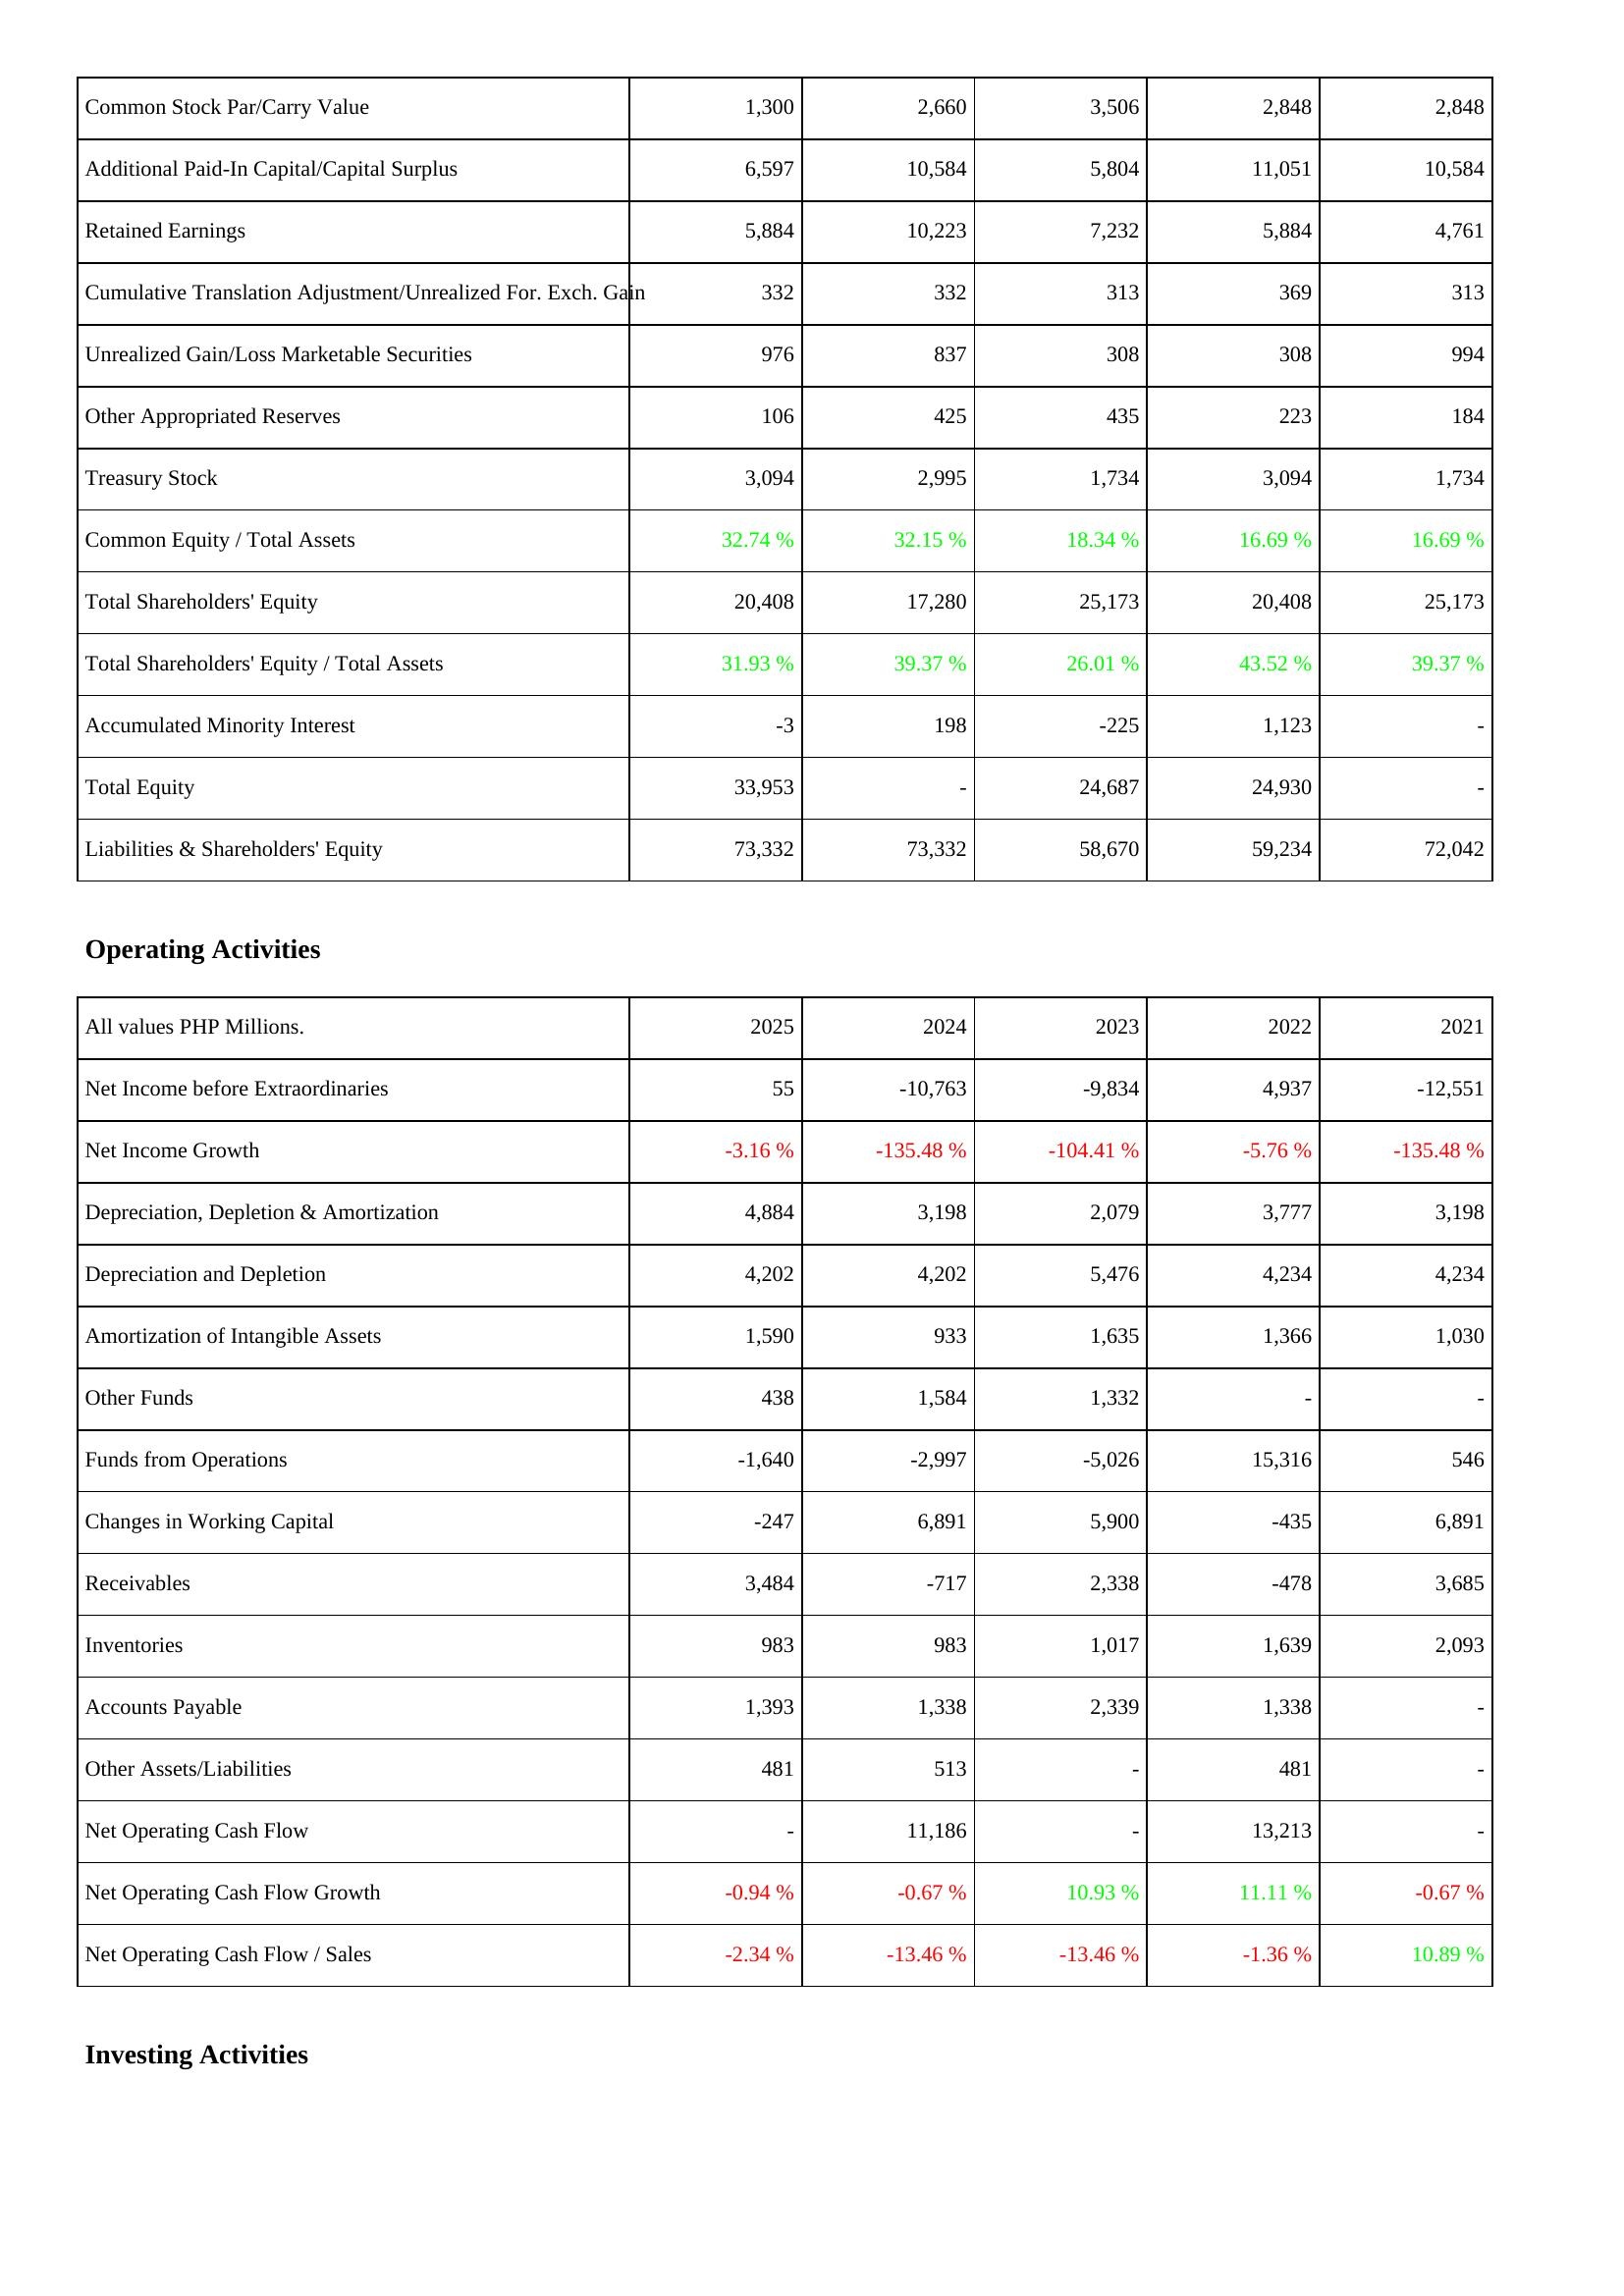
2025: Liabilities & Shareholders' Equity: Common Stock Par/Carry Value: 1,300
Additional Paid-In Capital/Capital Surplus: 6,597
Retained Earnings: 5,884
Cumulative Translation Adjustment/Unrealized For. Exch. Gain: 332
Unrealized Gain/Loss Marketable Securities: 976
Other Appropriated Reserves: 106
Treasury Stock: 3,094
Common Equity / Total Assets: 32.74 %
Total Shareholders' Equity: 20,408
Total Shareholders' Equity / Total Assets: 31.93 %
Accumulated Minority Interest: -3
Total Equity: 33,953
Liabilities & Shareholders' Equity: 73,332
Operating Activities: Net Income before Extraordinaries: 55
Net Income Growth: -3.16 %
Depreciation, Depletion & Amortization: 4,884
Depreciation and Depletion: 4,202
Amortization of Intangible Assets: 1,590
Other Funds: 438
Funds from Operations: -1,640
Changes in Working Capital: -247
Receivables: 3,484
Inventories: 983
Accounts Payable: 1,393
Other Assets/Liabilities: 481
Net Operating Cash Flow: -
Net Operating Cash Flow Growth: -0.94 %
Net Operating Cash Flow / Sales: -2.34 %
2024: Liabilities & Shareholders' Equity: Common Stock Par/Carry Value: 2,660
Additional Paid-In Capital/Capital Surplus: 10,584
Retained Earnings: 10,223
Cumulative Translation Adjustment/Unrealized For. Exch. Gain: 332
Unrealized Gain/Loss Marketable Securities: 837
Other Appropriated Reserves: 425
Treasury Stock: 2,995
Common Equity / Total Assets: 32.15 %
Total Shareholders' Equity: 17,280
Total Shareholders' Equity / Total Assets: 39.37 %
Accumulated Minority Interest: 198
Total Equity: -
Liabilities & Shareholders' Equity: 73,332
Operating Activities: Net Income before Extraordinaries: -10,763
Net Income Growth: -135.48 %
Depreciation, Depletion & Amortization: 3,198
Depreciation and Depletion: 4,202
Amortization of Intangible Assets: 933
Other Funds: 1,584
Funds from Operations: -2,997
Changes in Working Capital: 6,891
Receivables: -717
Inventories: 983
Accounts Payable: 1,338
Other Assets/Liabilities: 513
Net Operating Cash Flow: 11,186
Net Operating Cash Flow Growth: -0.67 %
Net Operating Cash Flow / Sales: -13.46 %
2023: Liabilities & Shareholders' Equity: Common Stock Par/Carry Value: 3,506
Additional Paid-In Capital/Capital Surplus: 5,804
Retained Earnings: 7,232
Cumulative Translation Adjustment/Unrealized For. Exch. Gain: 313
Unrealized Gain/Loss Marketable Securities: 308
Other Appropriated Reserves: 435
Treasury Stock: 1,734
Common Equity / Total Assets: 18.34 %
Total Shareholders' Equity: 25,173
Total Shareholders' Equity / Total Assets: 26.01 %
Accumulated Minority Interest: -225
Total Equity: 24,687
Liabilities & Shareholders' Equity: 58,670
Operating Activities: Net Income before Extraordinaries: -9,834
Net Income Growth: -104.41 %
Depreciation, Depletion & Amortization: 2,079
Depreciation and Depletion: 5,476
Amortization of Intangible Assets: 1,635
Other Funds: 1,332
Funds from Operations: -5,026
Changes in Working Capital: 5,900
Receivables: 2,338
Inventories: 1,017
Accounts Payable: 2,339
Other Assets/Liabilities: -
Net Operating Cash Flow: -
Net Operating Cash Flow Growth: 10.93 %
Net Operating Cash Flow / Sales: -13.46 %
2022: Liabilities & Shareholders' Equity: Common Stock Par/Carry Value: 2,848
Additional Paid-In Capital/Capital Surplus: 11,051
Retained Earnings: 5,884
Cumulative Translation Adjustment/Unrealized For. Exch. Gain: 369
Unrealized Gain/Loss Marketable Securities: 308
Other Appropriated Reserves: 223
Treasury Stock: 3,094
Common Equity / Total Assets: 16.69 %
Total Shareholders' Equity: 20,408
Total Shareholders' Equity / Total Assets: 43.52 %
Accumulated Minority Interest: 1,123
Total Equity: 24,930
Liabilities & Shareholders' Equity: 59,234
Operating Activities: Net Income before Extraordinaries: 4,937
Net Income Growth: -5.76 %
Depreciation, Depletion & Amortization: 3,777
Depreciation and Depletion: 4,234
Amortization of Intangible Assets: 1,366
Other Funds: -
Funds from Operations: 15,316
Changes in Working Capital: -435
Receivables: -478
Inventories: 1,639
Accounts Payable: 1,338
Other Assets/Liabilities: 481
Net Operating Cash Flow: 13,213
Net Operating Cash Flow Growth: 11.11 %
Net Operating Cash Flow / Sales: -1.36 %
2021: Liabilities & Shareholders' Equity: Common Stock Par/Carry Value: 2,848
Additional Paid-In Capital/Capital Surplus: 10,584
Retained Earnings: 4,761
Cumulative Translation Adjustment/Unrealized For. Exch. Gain: 313
Unrealized Gain/Loss Marketable Securities: 994
Other Appropriated Reserves: 184
Treasury Stock: 1,734
Common Equity / Total Assets: 16.69 %
Total Shareholders' Equity: 25,173
Total Shareholders' Equity / Total Assets: 39.37 %
Accumulated Minority Interest: -
Total Equity: -
Liabilities & Shareholders' Equity: 72,042
Operating Activities: Net Income before Extraordinaries: -12,551
Net Income Growth: -135.48 %
Depreciation, Depletion & Amortization: 3,198
Depreciation and Depletion: 4,234
Amortization of Intangible Assets: 1,030
Other Funds: -
Funds from Operations: 546
Changes in Working Capital: 6,891
Receivables: 3,685
Inventories: 2,093
Accounts Payable: -
Other Assets/Liabilities: -
Net Operating Cash Flow: -
Net Operating Cash Flow Growth: -0.67 %
Net Operating Cash Flow / Sales: 10.89 %